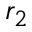
r _ { 2 }